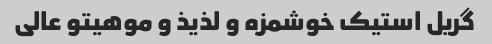
گریل استیک خوشمزه و لذیذ و موهیتو عالی